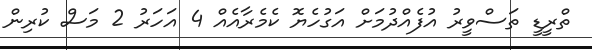
ތްރީޑީ ތަސްވީރު އުފެއްދުމަށް އަގުހެޔޮ ކެމެރާއެއް 4 އަހަރު 2 މަސް ކުރިން